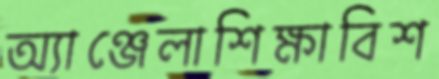
অ্যাঞ্জেলাশিক্ষাবিশ